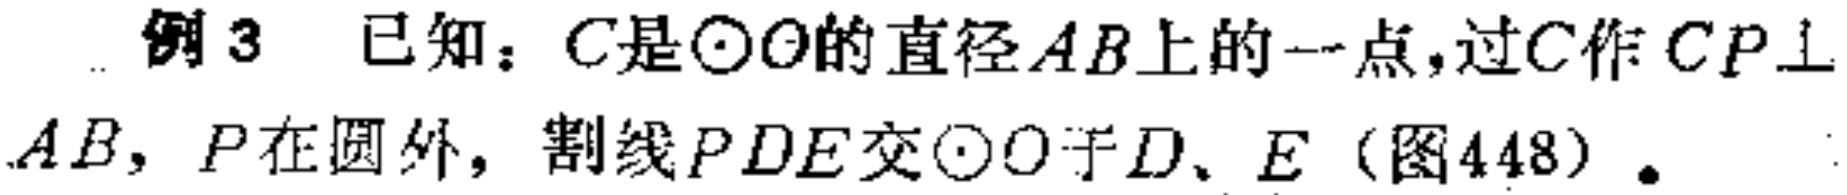
例3 已知：$C$是$\odot O$的直径$AB$上的一点，过$C$作$CP\perp AB$，$P$在圆外，割线$PDE$交$\odot O$于$D、E$（图448）.